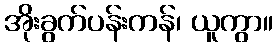
အိုးခွက်ပန်းကန်၊ ယူကွာ။